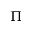
\Pi